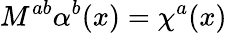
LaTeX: M^{ab}\alpha^{b}(x)=\chi^{a}(x)